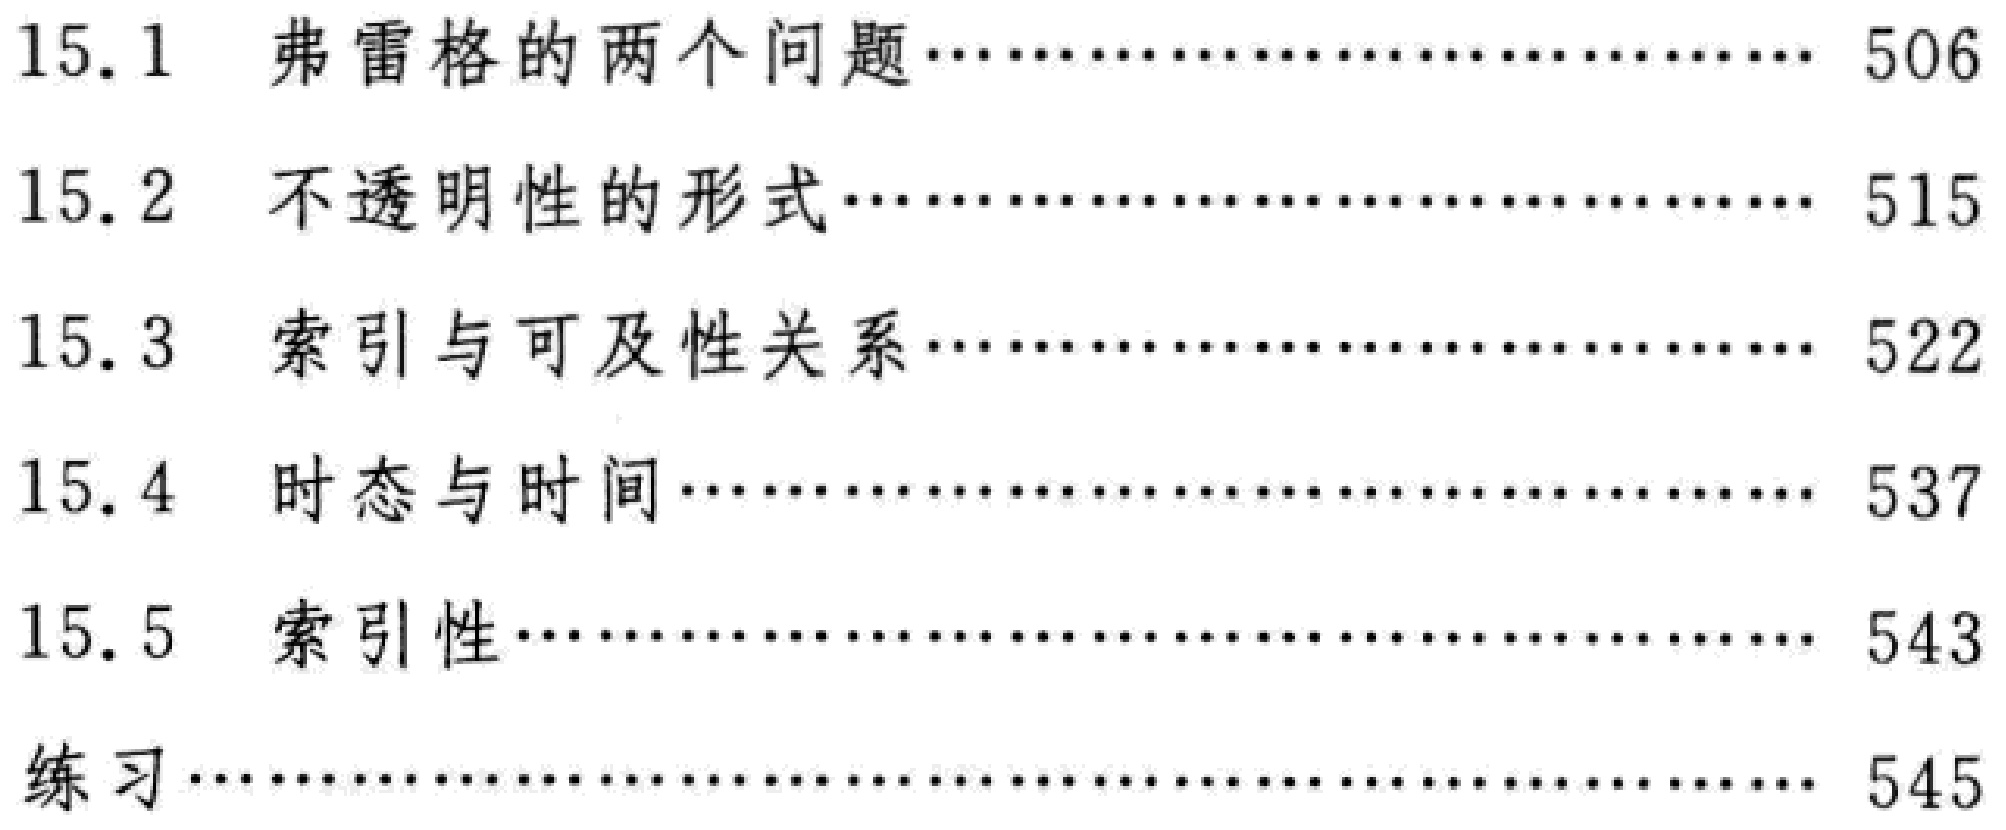
\begin{enumerate}

\item[15.1] 弗雷格的两个问题\hfill 506

\item[15.2] 不透明性的形式\hfill 515

\item[15.3] 索引与可及性关系\hfill 522

\item[15.4] 时态与时间\hfill 537

\item[15.5] 索引性\hfill 543

\item[练习] \hfill 545

\end{enumerate}